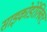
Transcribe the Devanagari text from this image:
साइकोडेरेलिक्ट